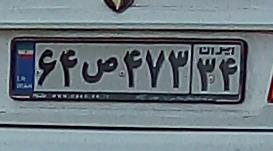
۶۴ص۴۷۳۳۴